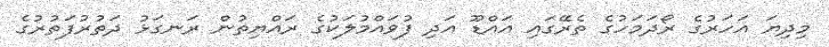
މިދިޔަ އަހަރުގެ ރޯދަމަހުގެ ތެރޭގައި އައްޑޫ އަދި ފުވައްމުލަކުގެ ރައްޔިތުން ރަނގަޅު ދަތުރުފަތުރުގެ